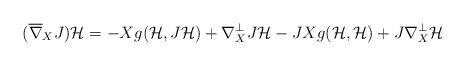
LaTeX: \begin{align*}(\overline{\nabla}_{X}J)\mathcal{H} = -Xg(\mathcal{H},J\mathcal{H}) + \nabla_{X}^{\perp}J\mathcal{H} -JXg(\mathcal{H},\mathcal{H}) + J\nabla_{X}^{\perp}\mathcal{H}\end{align*}